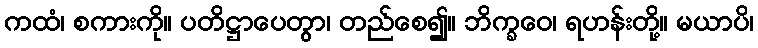
ကထံ၊ စကားကို။ ပတိဋ္ဌာပေတွာ၊ တည်စေ၍။ ဘိက္ခဝေ၊ ရဟန်းတို့။ မယာပိ၊